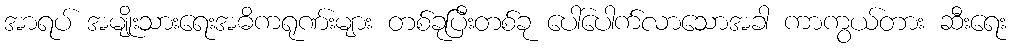
အာရပ် အမျိုးသားရေးအဓိကရုဏ်းများ တစ်ခုပြီးတစ်ခု ပေါ်ပေါက်လာသောအခါ ကာကွယ်တား ဆီးရေး